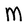
Character: M